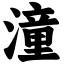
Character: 潼